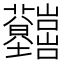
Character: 𡿤